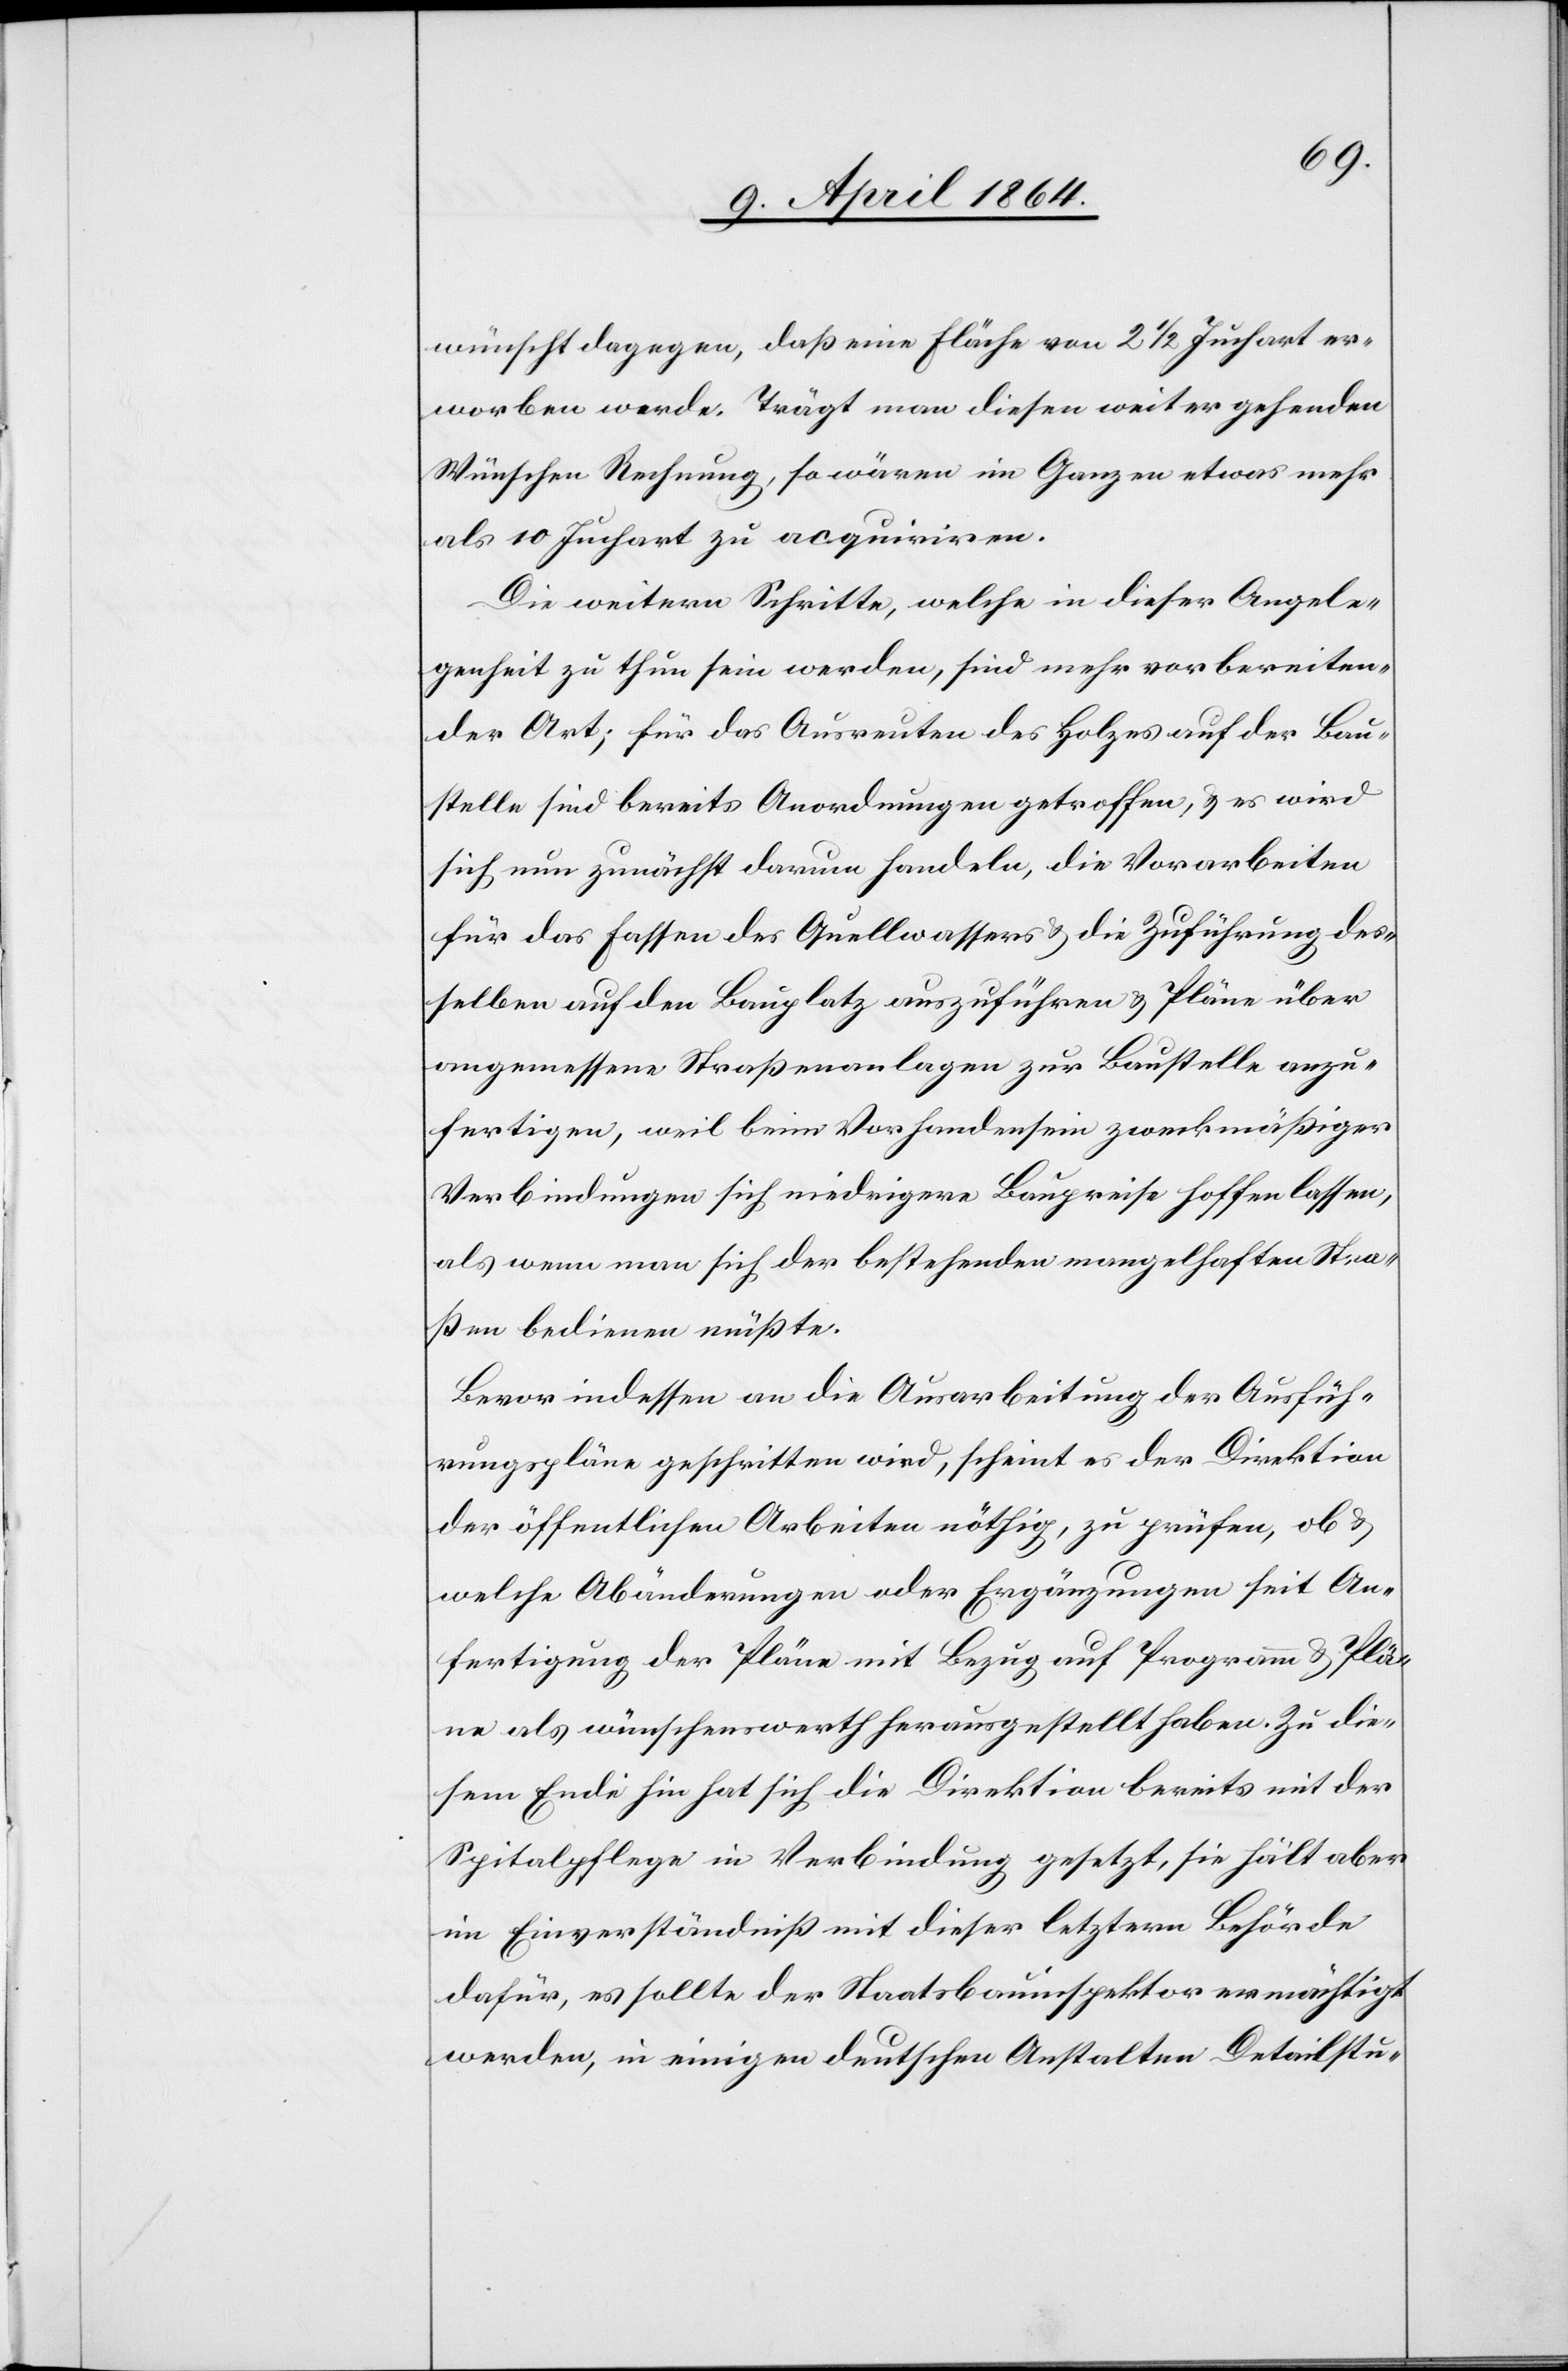
wünscht dagegen, daß eine Fläche von 2 1/2 Juchart er¬
worben werde. Trägt man diesen weiter gehenden
Wünschen Rechnung, so wären im Ganzen etwas mehr
als 10 Juchart zu acquiriren.
Die weitern Schritte, welche in dieser Angele¬
genheit zu thun sein werden, sind mehr vorbereiten¬
der Art; für das Ausreuten des Holzes auf der Bau¬
stelle sind bereits Anordnungen getroffen, u. es wird
sich nun zunächst darum handeln, die Vorarbeiten
für das Fassen des Quellwassers u. die Zuführung des¬
selben auf den Bauplatz auszuführen u. Pläne über
angemessene Straßenanlagen zur Baustelle anzu¬
fertigen, weil beim Vorhandensein zweckmäßiger
Verbindungen sich niedrigere Baupreise hoffen lassen,
als wenn man sich der bestehenden mangelhaften Stra¬
ßen bedienen müßte.
Bevor indessen an die Ausarbeitung der Ausfüh¬
rungspläne geschritten wird, scheint es der Direktion
der öffentlichen Arbeiten nöthig, zu prüfen, ob u.
welche Abänderungen oder Ergänzungen seit An¬
fertigung der Pläne mit Bezug auf Programm u. Plä¬
ne als wünschenswerth herausgestellt haben [sic!]. Zu die¬
sem Ende hin hat sich die Direktion bereits mit der
Spitalpflege in Verbindung gesetzt, sie hält aber
im Einverständniß mit dieser letztern Behörde
dafür, es sollte der Staatsbauinspektor ermächtigt
werden, in einigen deutschen Anstalten Detailstu-